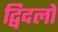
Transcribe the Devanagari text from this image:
द्विदलों